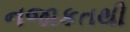
નજાકતથી